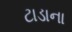
ટાડાના